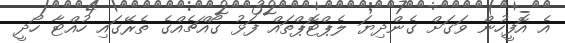
އެ އޮފީހުން ވަގަށް ގެންދިޔަ ލެޕްޓޮޕްތައް ފަޅު ގޯއްޗެއްގެ ތެރޭގައި ހުއްޓާ ހޯދީ